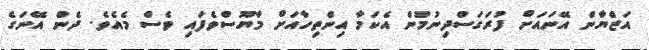
އަޒްޔާން އޭނައަށް ފުރަގަސްދިނުމުން އެކަމާ އިންތިހާއަށް މާޔޫސްވެފައި ވެސް މެއެވެ. ދެން އޭނަގެ